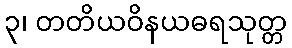
၃၊ တတိယဝိနယဓရသုတ္တ